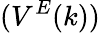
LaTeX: (V^{E}(k))